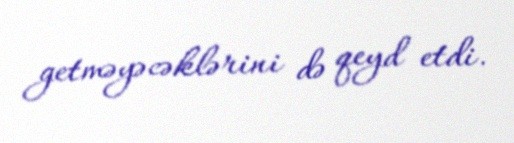
getməyəcəklərini də qeyd etdi.